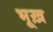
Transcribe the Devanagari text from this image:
भूख़